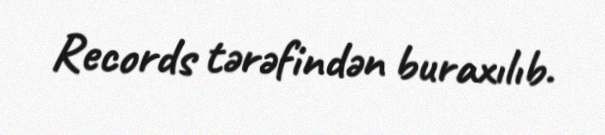
Records tərəfindən buraxılıb.